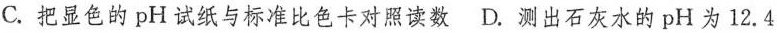
C.把显色的pH试纸与标准比色卡对照读数D.测出石灰水的pH为12.4